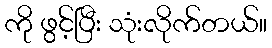
ကို ဖွင့်ပြီး သုံးလိုက်တယ်။